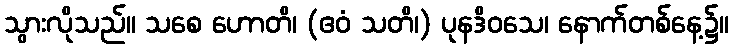
သွားလိုသည်။ သစေ ဟောတိ၊ (ဧဝံ သတိ၊) ပုနဒိဝသေ၊ နောက်တစ်နေ့၌။